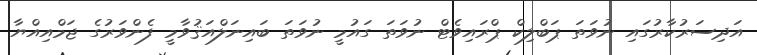
އަދިސަރުކާރުގައި ނުވަތަ ޕަބްލިކް ޕްރައިވެޓް ނުވަތަ ގައުމީ ނުވަތަ ބައިނަލްއަޤުވާމީ ފެންވަރުގެ ޖަމްއިއްޔާ